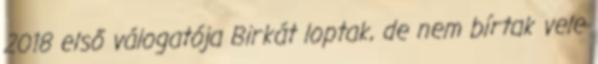
2018 első válogatója Birkát loptak, de nem bírtak vele